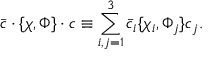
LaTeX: \bar { c } \cdot \{ \chi , \Phi \} \cdot c \equiv \sum _ { i , j = 1 } ^ { 3 } \bar { c } _ { i } \{ \chi _ { i } , \Phi _ { j } \} c _ { j } .